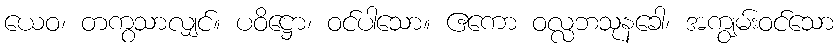
ယေဝ၊ တကွသာလျှင်။ ပဝိဋ္ဌော၊ ဝင်ပါသော။ ဧကော ဝလ္လဘသုနခေါ၊ အကျွမ်းဝင်သော